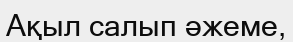
Ақыл салып әжеме,